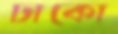
ঢাকো